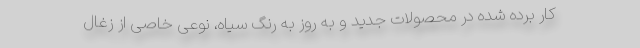
کار برده شده در محصولات جدید و به روز به رنگ سیاه، نوعی خاصی از زغال